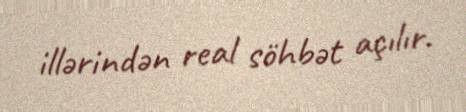
illərindən real söhbət açılır.